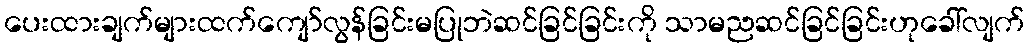
ပေးထားချက်များထက်ကျော်လွန်ခြင်းမပြုဘဲဆင်ခြင်ခြင်းကို သာမညဆင်ခြင်ခြင်းဟုခေါ်လျက်